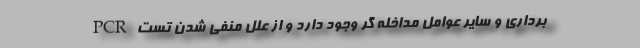
برداری و سایر عوامل مداخله گر وجود دارد و از علل منفی شدن تست PCR